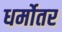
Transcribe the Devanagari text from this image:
धर्मोतर